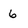
Character: 6